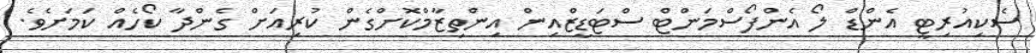
ސެކިއުރިޓީ އެންޑް ލޯ އެންފޯސްމަންޓް ސްޓަޑީޒްއިން އިންތިޒާމްކޮށްގެން ކުރިއަށް ގެންދާ ކޯހެއް ކަމަށެވެ.